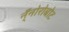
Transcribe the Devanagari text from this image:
न्ँनोरोबोट